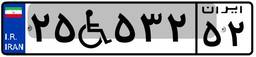
۱۲W۰۱۵۸۸